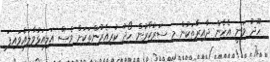
ހޫދު ވަނީ އެހެން ދާއިރާތަކުން މި ސަރުކާރުން ހޯދު ކުރިއެރުންތަކަށް ވެސް އަލިއަޅުވާލައްވައިފަ